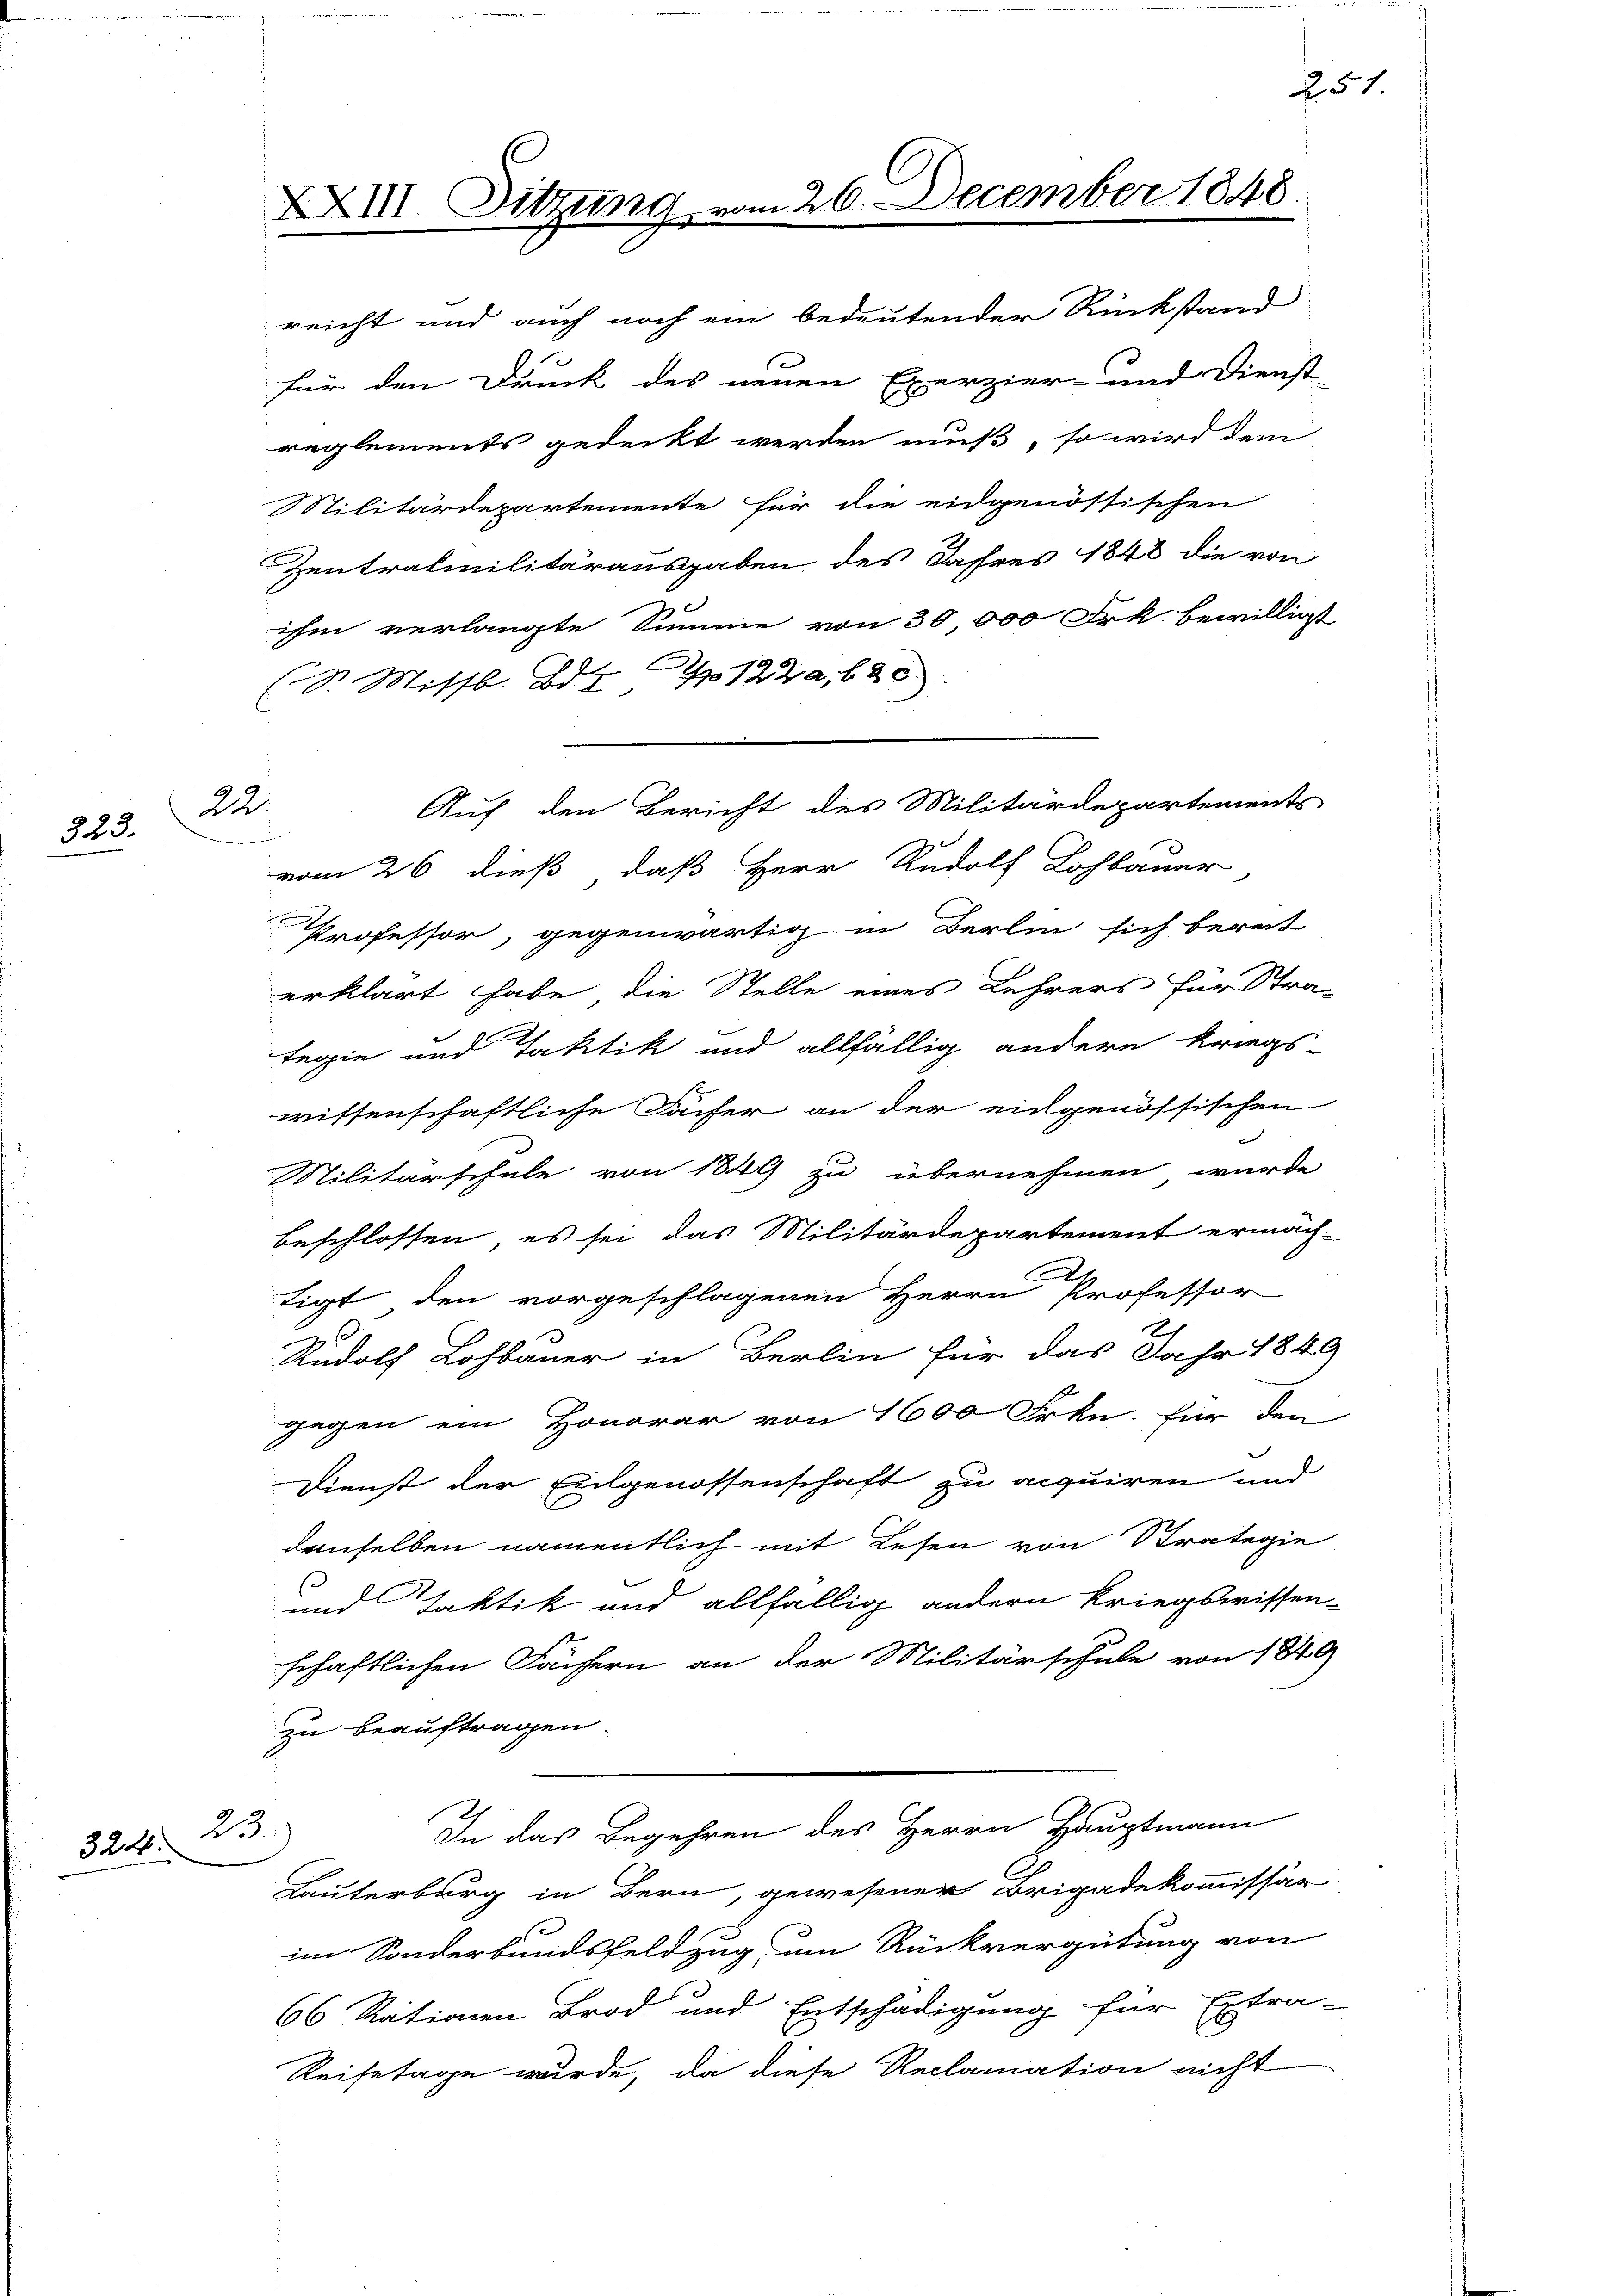
323. 22.

23.
324.

XXIII. Sitzung

reicht und auch noch ein bedeutender Rückstand
3
für den Druck des neuen Exerzier- und Dienst
Militärdepartemente für die eidgenössischen
Zentrafmilitärausgaben des Jahres 1848 die von
ihm verlangte Summe von 30 000 Frk. bewilligt
(S. Missb. Bd. 122, 680.
Auf den Bericht des Militärdepartements
vom 26. dieß, daß Herr Rudolf Lohbauer
Professor, gegenwärtig in Berlin sich bereit
erklärt habe, die Stelle eines Lehrers für Stra-
Regie und Taktik und allfällig andern kriegs
wissenschaftliche Sacher an der eingenössischen
Nilitärschule von 1849 zu übernehmen wurde
beschlossen, es sei das Militärdepartement ermäch-
tigt, den vorgeschlagenen Herrn Professor
Rudolf Lohbauer in Berlin für das Jahr 1846
gegen ein Honorar von 1600 Frkn. für den
Dienst der Eingenossenschaft zu acquiren und
denselben namentlich mit Lesen von Strategie
und faktik und allfällig andern kriegswissen-
schaftlichen Fächern an der Militärschule von 1849
zu beauftragen.
In das Begehren des Herrn Hauptmann
Lauterburg in Bern, gewesener Brigadekommissär
im Sonderbundsfeldzug, um Rückvergütung von
66 Rationen Brod und Entschädigung für Extra-
Reisetage wurde, da diese Reclamation nicht

reglements gedeckt werden muß, so wird dem

vom 20. December 1848

251